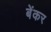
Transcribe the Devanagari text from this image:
बेंकर